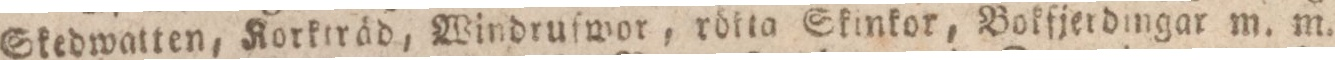
Skedwatten, Korkiräd, Windruſwor, rötta Skinkor, Bokfjerdingar m. m.